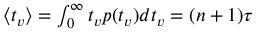
\begin{array} { r } { { \ensuremath { \left\langle t _ { v } \right\rangle } } = \int _ { 0 } ^ { \infty } t _ { v } p ( t _ { v } ) d t _ { v } = ( n + 1 ) \tau } \end{array}